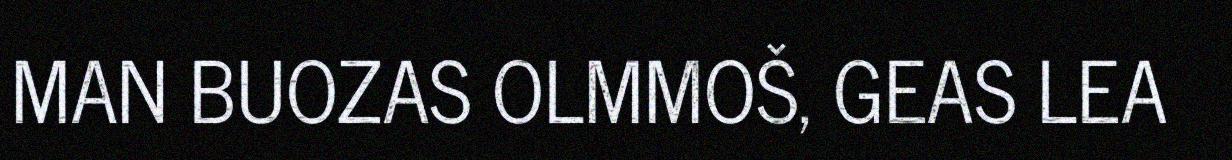
MAN BUOZAS OLMMOŠ, GEAS LEA